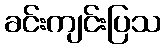
ခင်းကျင်းပြသ